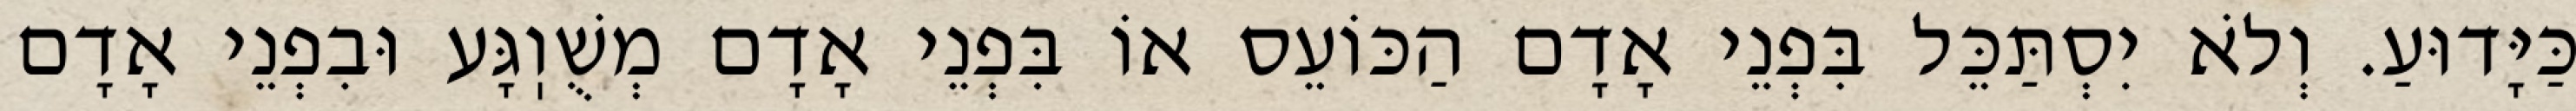
כַּיָּדוּעַ. וְלֹא יִסְתַּכֵּל בִּפְנֵי אָדָם הַכּוֹעֵס אוֹ בִּפְנֵי אָדָם מְשֻׁוֽגָּע וּבִפְנֵי אָדָם